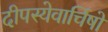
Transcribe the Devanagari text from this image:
दीपस्येवार्चिषो